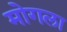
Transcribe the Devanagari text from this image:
मोगला